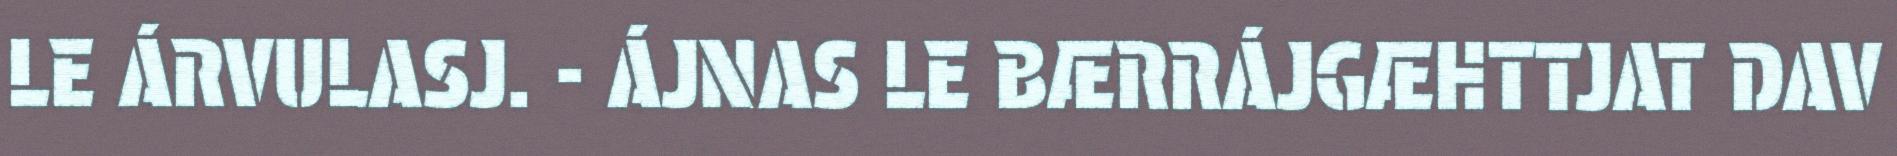
LE ÁRVULASJ. - ÁJNAS LE BÆRRÁJGÆHTTJAT DAV